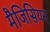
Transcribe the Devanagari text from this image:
मैजिसियन